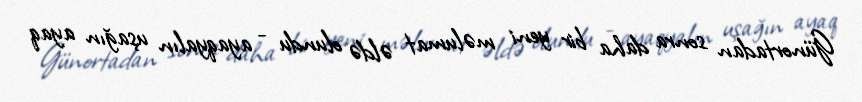
Günortadan sonra daha bir yeni məlumat əldə olundu - ayaqyalın uşağın ayaq